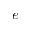
e